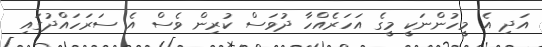
އަދި އެ މީހުންނަކީ މީގެ އަހަރެއްހާ ދުވަސް ކުރިން ވެސް އެ ސަރަހައްދުގައި